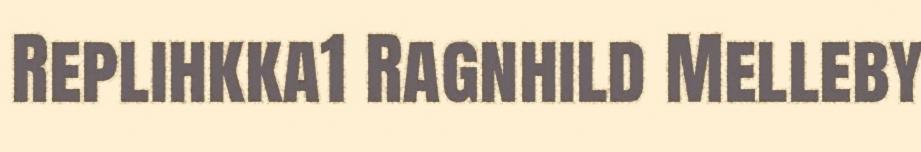
Replihkka1 Ragnhild Melleby